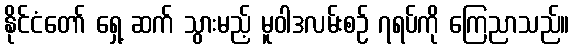
နိုင်ငံတော် ရှေ့ ဆက် သွားမည့် မူဝါဒလမ်းစဉ် ၇ရပ်ကို ကြေညာသည်။